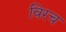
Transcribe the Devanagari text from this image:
विरच